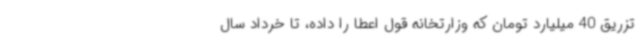
تزریق 40 میلیارد تومان که وزارتخانه قول اعطا را داده، تا خرداد سال